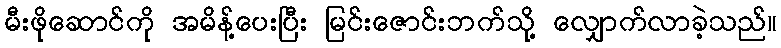
မီးဖိုဆောင်ကို အမိန့်ပေးပြီး မြင်းဇောင်းဘက်သို့ လျှောက်လာခဲ့သည်။